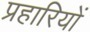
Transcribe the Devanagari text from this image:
प्रहारियों